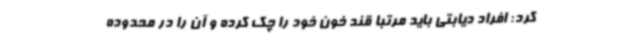
کرد: افراد دیابتی باید مرتبا قند خون خود را چک کرده و آن را در محدوده